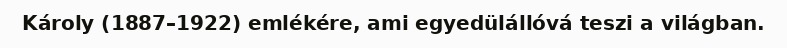
Károly (1887–1922) emlékére, ami egyedülállóvá teszi a világban.